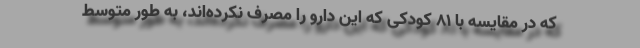
که در مقایسه با ۸۱ کودکی که این دارو را مصرف نکرده‌اند، به طور متوسط